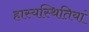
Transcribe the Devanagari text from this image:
हास्यस्थितियां